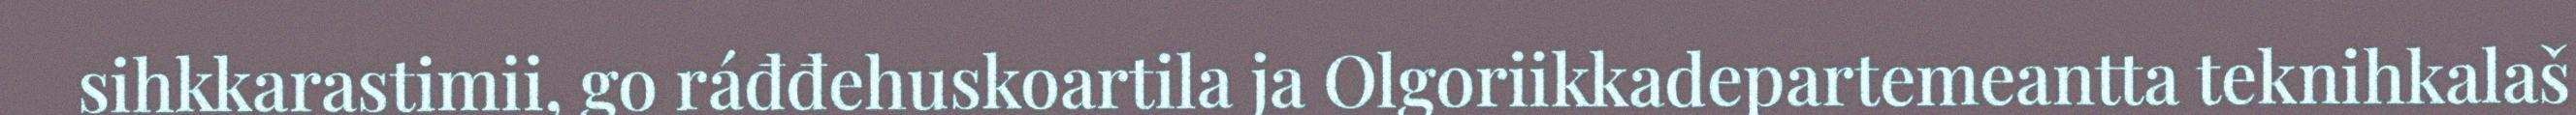
sihkkarastimii, go ráđđehuskoartila ja Olgoriikkadepartemeantta teknihkalaš